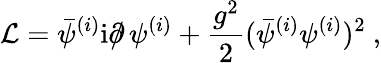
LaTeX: {\cal L}=\bar{\psi}^{(i)}\mathrm{i}\partial\! \! \! /\, \psi^{(i)}+\frac{g^{2}}{2}(\bar{\psi}^{(i)}\psi^{(i)})^{2}\ ,